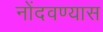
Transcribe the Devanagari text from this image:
नोंदवण्यास